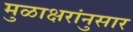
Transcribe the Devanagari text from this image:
मुळाक्षरांनुसार